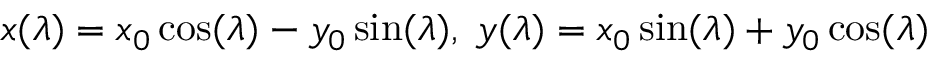
x ( \lambda ) = x _ { 0 } \cos ( \lambda ) - y _ { 0 } \sin ( \lambda ) , \; y ( \lambda ) = x _ { 0 } \sin ( \lambda ) + y _ { 0 } \cos ( \lambda )